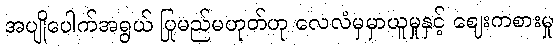
အပျိုပေါက်အရွယ် ပြုမည်မဟုတ်ဟု လေလံမှမှာယူမှုနှင့် ဈေးကစားမှု